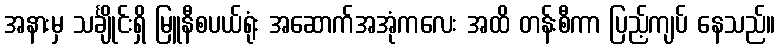
အနားမှ သင်္ချိုင်းရှိ မြူနီစပယ်ရုံး အဆောက်အအုံကလေး အထိ တန်းစီကာ ပြည့်ကျပ် နေသည်။